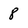
Character: 8